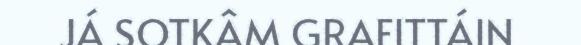
JÁ SOTKÂM GRAFITTÁIN